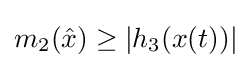
m_{2}({\hat {x}})\geq |h_{3}(x(t))|